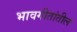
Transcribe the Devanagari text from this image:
भावगीतांतील